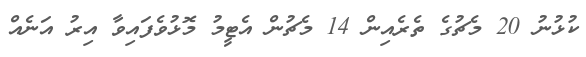
ކުޅުނު 20 މެޗުގެ ތެރެއިން 14 މެޗުން އެޓީމު މޮޅުވެފައިވާ އިރު އަނެއް